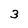
Character: 3